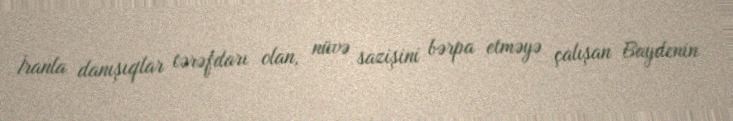
İranla danışıqlar tərəfdarı olan, nüvə sazişini bərpa etməyə çalışan Baydenin